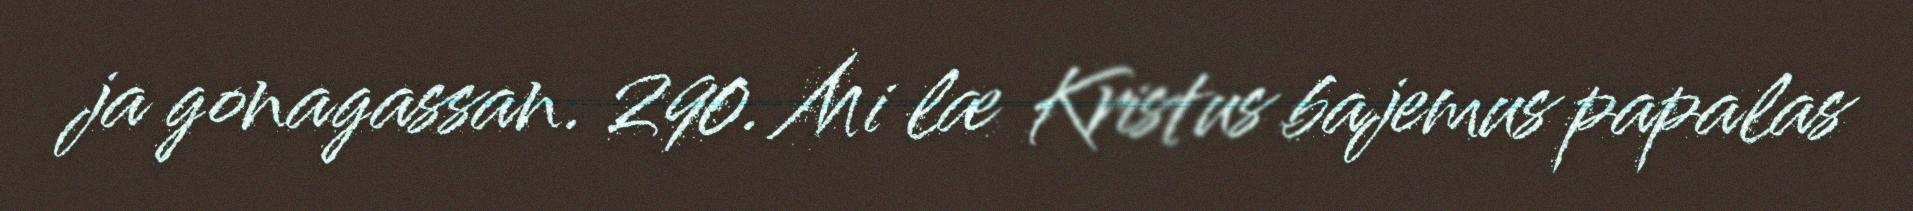
ja gonagassan. 290. Mi læ Kristus bajemus papalas